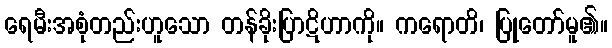
ရေမီးအစုံတည်းဟူသော တန်ခိုးပြာဋိဟာကို။ ကရောတိ၊ ပြုတော်မူ၏။